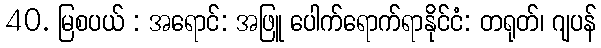
40. မြစပယ် : အရောင်: အဖြူ ပေါက်ရောက်ရာနိုင်ငံ: တရုတ်၊ ဂျပန်